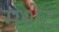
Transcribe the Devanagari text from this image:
मशेट